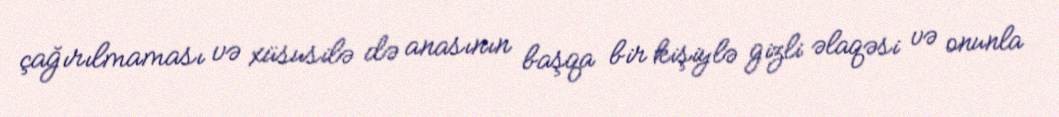
çağırılmaması və xüsusilə də anasının başqa bir kişiylə gizli əlaqəsi və onunla